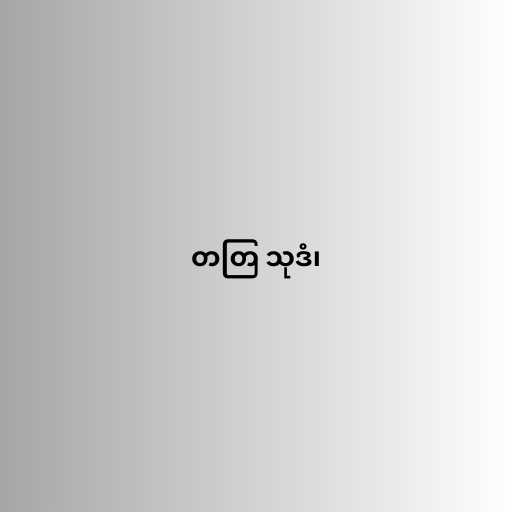
တတြ သုဒံ၊